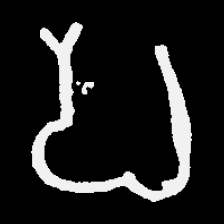
Pyu character \u2014 Myanmar letter: ပ (romanized: pa)